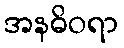
အနဓိဝရာ